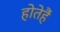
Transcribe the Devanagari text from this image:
होतेहैं